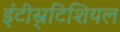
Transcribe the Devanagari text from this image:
इंटीस्र्टिशियल